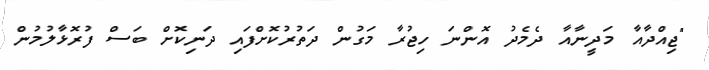
"ޖިއްދާއާ މަދީނާއާ ދެމެދު އޮންނަ ހިޖުރާ މަގުން ދަތުރުކޮށްފައި ދަނިކޮށް ބަސް ފުރޮޅާލުމުން